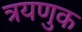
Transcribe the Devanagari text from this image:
त्रयणुक